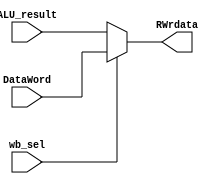
// pass rd to decode_stage
module write_back(
    //control unit
    input wb_sel,
    //from mem_access
    input [31:0] ALU_result,
    input [31:0]DataWord,
    //write back data output 
    output [31:0]RWrdata

);
//wb_sel 0->ALU_result  1->DataWord

assign RWrdata = (wb_sel)? DataWord:ALU_result; // data back to register 

endmodule